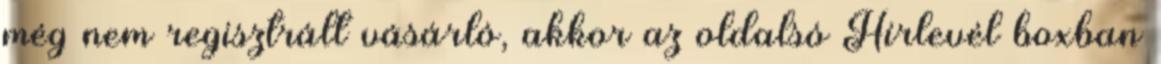
még nem regisztrált vásárló, akkor az oldalsó Hírlevél boxban